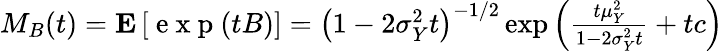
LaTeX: \begin{array}{r}{M_{B}(t)=\textbf{E}\left[\mathrm{~e~x~p~}(tB)\right]=\left(1-2\sigma_{Y}^{2}t\right)^{-1/2}\exp{\left(\frac{t\mu_{Y}^{2}}{1-2\sigma_{Y}^{2}t}+tc\right)}}\end{array}